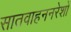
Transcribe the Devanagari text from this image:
सातवाहननरेशों